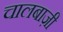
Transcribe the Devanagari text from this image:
चालबाज़ी